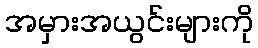
အမှားအယွင်းများကို